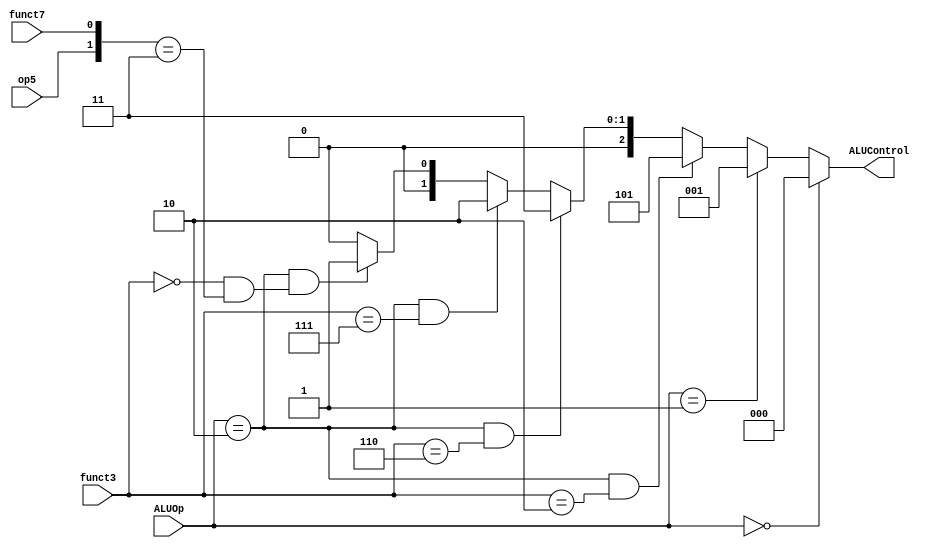
 module ALU_Decoder(op5,funct3,funct7,ALUOp,ALUControl);
    input op5;
    input [2:0] funct3;
    input funct7;
    input [1:0] ALUOp;
    output [2:0] ALUControl;

    wire [1:0] concatenation;
   assign concatenation={op5,funct7} ;
   assign ALUControl=(ALUOp==2'b00) ? 3'b000:(ALUOp==2'b01) ? 3'b001:
                    ((ALUOp==2'b10)&(funct3==3'b010)) ? 3'b101:                      
                    ((ALUOp==2'b10)&(funct3==3'b110)) ? 3'b011:
                    ((ALUOp==2'b10)&(funct3==3'b111)) ? 3'b010:                       
                    ((ALUOp==2'b10)&((funct3==3'b000)&(concatenation==2'b11))) ? 3'b001:
                    ((ALUOp==2'b10)&((funct3==3'b000)&(concatenation!=2'b11))) ? 3'b000:3'b000;

endmodule